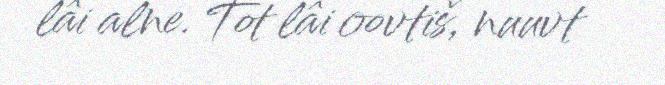
lâi alne. Tot lâi oovtiš, nuuvt